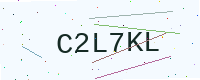
Text: C2L7KL